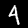
Label: 4